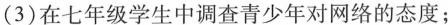
（3）在七年级学生中调查青少年对网络的态度；